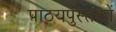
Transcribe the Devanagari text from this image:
पाठयपुस्तकों